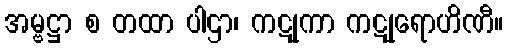
အမ္ဗဋ္ဌာ စ တထာ ပါဌာ၊ ကဋုကာ ကဋုရောဟိဏီ။